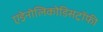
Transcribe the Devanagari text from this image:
एड्रेनोलिकोडिसट्रॉफी